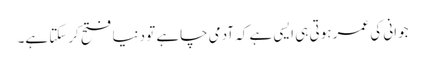
جوانی کی عمر ہوتی ہی ایسی ہے کہ آدمی چاہے تو دنیا فتح کرسکتا ہے۔